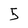
Character: 5